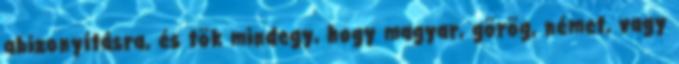
abizonyításra, és tök mindegy, hogy magyar, görög, német, vagy